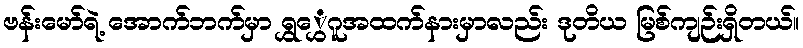
ဗန်းမော်ရဲ့ အောက်ဘက်မှာ ရွှွှေဂူအထက်နားမှာလည်း ဒုတိယ မြစ်ကျဉ်းရှိတယ်။